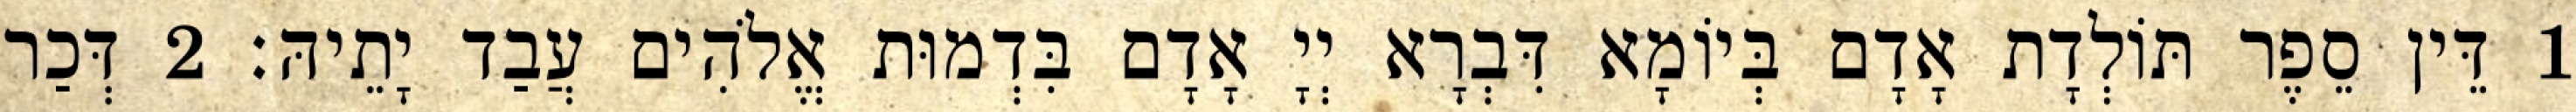
1 דֵּין סֵפֶר תּוֹלְדָת אָדָם בְּיוֹמָא דִּבְרָא יְיָ אָדָם בִּדְמוּת אֱלֹהִים עֲבַד יָתֵיהּ׃ 2 דְּכַר